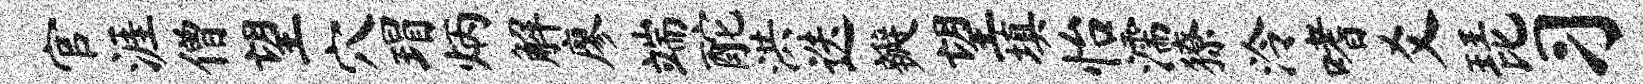
官涯僧望穴瑁炳解廖端酡洪迭瓣望填怡濡獠泠嗜爻琵习